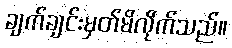
ချက်ချင်းမှတ်မိလိုက်သည်။